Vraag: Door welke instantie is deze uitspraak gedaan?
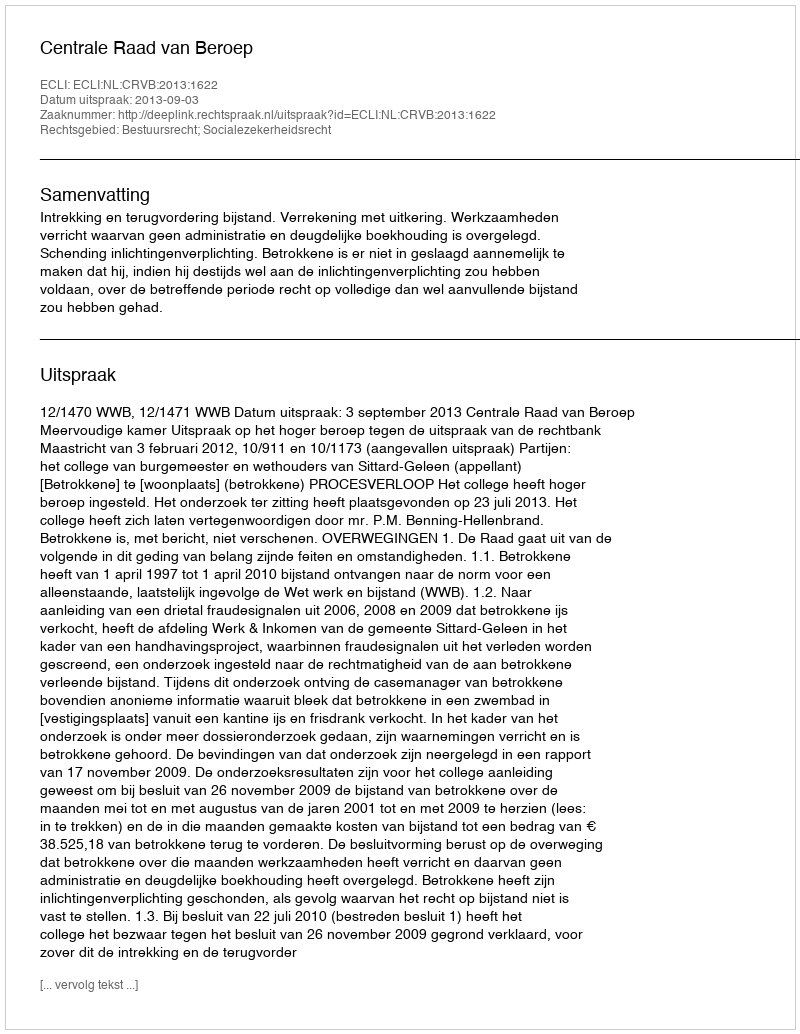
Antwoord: Centrale Raad van Beroep